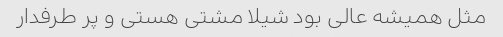
مثل همیشه عالی بود شیلا مشتی هستی و پر طرفدار